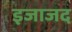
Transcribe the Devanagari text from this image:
इजाजद